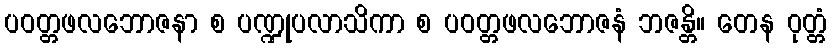
ပဝတ္တဖလဘောဇနာ စ ပဏ္ဍုပလာသိကာ စ ပဝတ္တဖလဘောဇနံ ဘဇန္တိ။ တေန ဝုတ္တံ